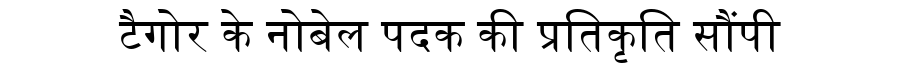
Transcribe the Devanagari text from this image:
टैगोर के नोबेल पदक की प्रतिकृति सौंपी